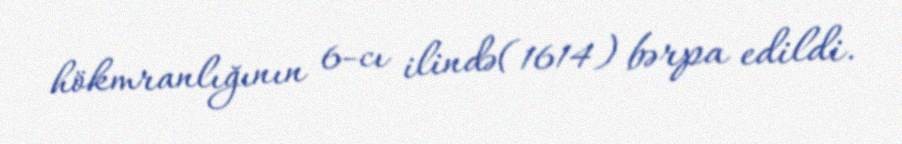
hökmranlığının 6-cı ilində(1614) bərpa edildi.